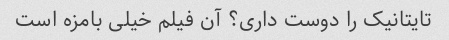
تایتانیک را دوست داری؟ آن فیلم خیلی بامزه است